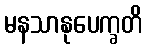
မနသာနုပေက္ခတိ